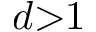
d { > } 1